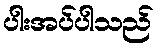
ပါးအပ်ပါသည်